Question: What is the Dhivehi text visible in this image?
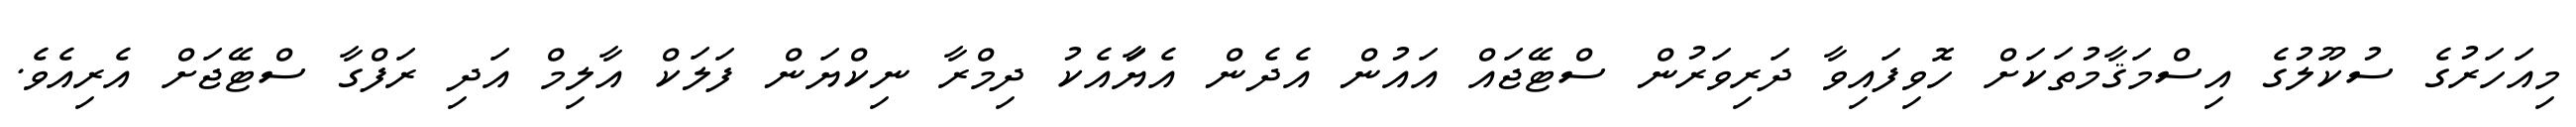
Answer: މިއަހަރުގެ ސުކޫލުގެ އިސްމަޤާމުތަކަށް ހޮވިފައިވާ ދަރިވަރުން ސްޓޭޖައް އައުން އެދެން އެޔަާއެކު ދިމްރާ ނިކްޔަން ފަލަކް އާލިމް އަދި ރަފްގާ ސްޓޭޖަށް އެރިއެވެ.